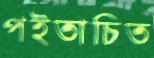
পইতাচিত